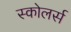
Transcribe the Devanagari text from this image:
स्कोलर्स